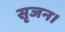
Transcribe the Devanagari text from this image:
सृजन।